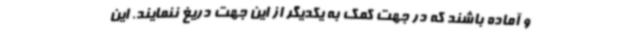
و آماده باشند که در جهت کمک به یکدیگر از این جهت دریغ ننمایند. این